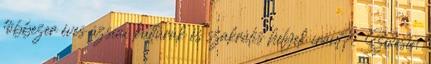
többezer éves ázsiai kultúrák és szakrális helyek iránt? Szívesen